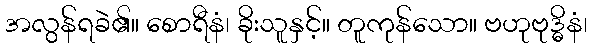
အလွန်ရခဲ၏။ စောရီနံ၊ ခိုးသူနှင့်။ တူကုန်သော။ ဗဟုဗုဒ္ဓိနံ၊